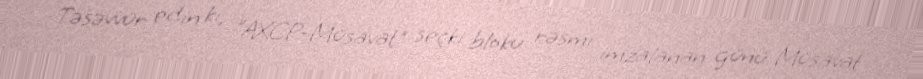
Təsəvvür edin ki, ”AXCP-Müsavat" seçki bloku rəsmi imzalanan günü Müsavat